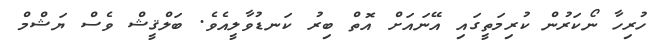
ހުރިހާ ނޯކަރުން ކުރިމަތީގައި އޭނައަށް އޮތް ބިރު ކަނޑުވާލީއެވެ. ބަލްޤީޝް ވެސް ޔަޝްމް